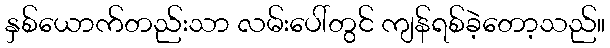
နှစ်ယောက်တည်းသာ လမ်းပေါ်တွင် ကျန်ရစ်ခဲ့တော့သည်။